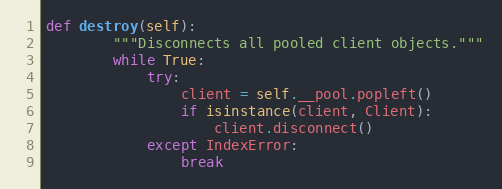
Language: Python
def destroy(self):
        """Disconnects all pooled client objects."""
        while True:
            try:
                client = self.__pool.popleft()
                if isinstance(client, Client):
                    client.disconnect()
            except IndexError:
                break